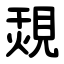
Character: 覝